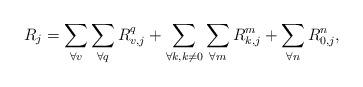
LaTeX: \begin{align*} R_j=\sum\limits_{\forall v}\sum\limits_{\forall q} R_{v,j}^q + \sum\limits_{\forall k, k\ne0}\sum\limits_{\forall m} R_{k,j}^m +\sum\limits_{\forall n} R_{0,j}^n,\end{align*}